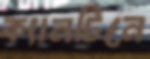
ক্যানটিনে